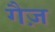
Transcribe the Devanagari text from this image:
गैज़